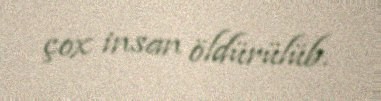
çox insan öldürülüb.